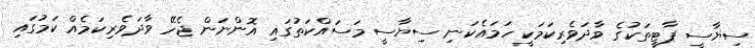
ސިޔާސީ ޕާޓީތަކުގެ ވާދަވެރިކަމަކީ ހަމައެކަނި ސިޔާސީ މަސައްކަތުގައި އޮންނަން ޖެހޭ ވާދަވެރިކަމެއް ކަމުގައި